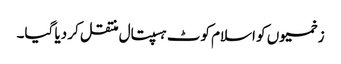
زخمیوں کو اسلام کوٹ ہسپتال منتقل کر دیا گیا۔